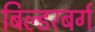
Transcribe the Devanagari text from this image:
बिल्डरबर्ग